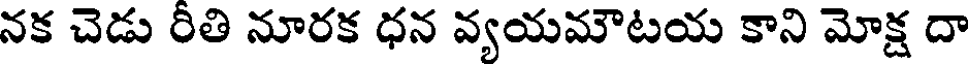
నక చెడు రీతి నూరక ధన వ్యయమౌటయ కాని మోక్ష దా